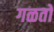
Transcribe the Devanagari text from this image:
गळतो